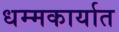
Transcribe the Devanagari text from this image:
धम्मकार्यात